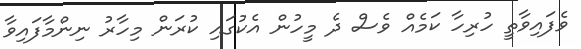
ވެފައިވާތީ ހުރިހާ ކަމެއް ވެސް ދެ މީހުން އެކުގައި ކުރަން މިހާރު ނިންމާފައިވާ